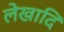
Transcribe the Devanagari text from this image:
लेखादि